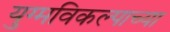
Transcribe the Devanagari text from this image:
युग्मविकल्पाच्या